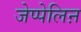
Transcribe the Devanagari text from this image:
जेप्पेलिऩ